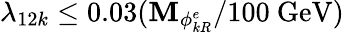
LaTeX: \lambda_{12k}\leq0.03(\mathbf{M}_{\phi_{kR}^{e}}/100\ \mathrm{{GeV}})